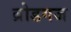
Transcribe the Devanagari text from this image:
ब्रोडगज